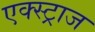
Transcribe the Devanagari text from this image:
एक्स्ट्राज